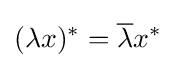
(\lambda x)^{*}={\overline {\lambda }}x^{*}